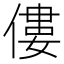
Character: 僂